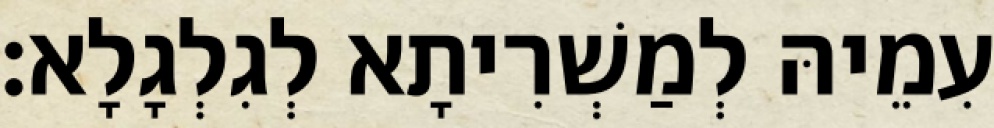
עִמֵיהּ לְמַשְׁרִיתָא לְגִלְגָלָא׃